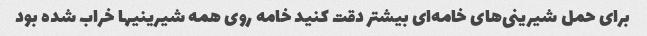
برای حمل شیرینی‌های خامه‌ای بیشتر دقت کنید خامه روی همه شیرینیها خراب شده بود